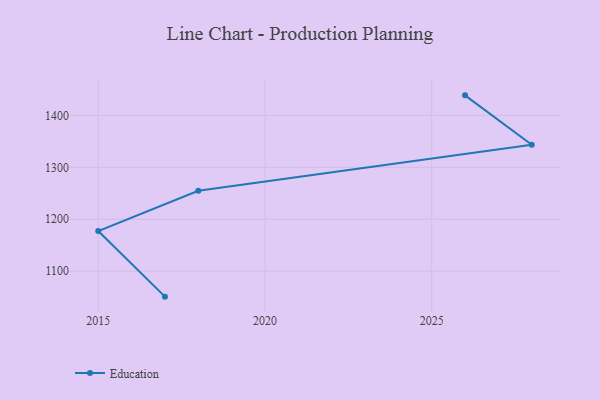
{"axis": {"x": "Year", "y": "Operating Costs (USD K)"}, "legend": ["Education"], "data": [{"x": "2017", "y": 1051.0, "type": "Education"}, {"x": "2015", "y": 1177.4, "type": "Education"}, {"x": "2018", "y": 1254.9, "type": "Education"}, {"x": "2028", "y": 1343.6, "type": "Education"}, {"x": "2026", "y": 1438.6, "type": "Education"}]}